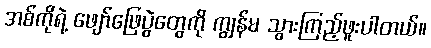
အစ်ကိုရဲ့ ဖျော်ဖြေပွဲတွေကို ကျွန်မ သွားကြည့်ဖူးပါတယ်။